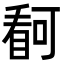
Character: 𭿋